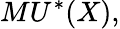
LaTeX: MU^{*}(X),